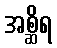
အစ္ဆိရ